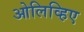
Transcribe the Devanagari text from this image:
ओलिव्हिए